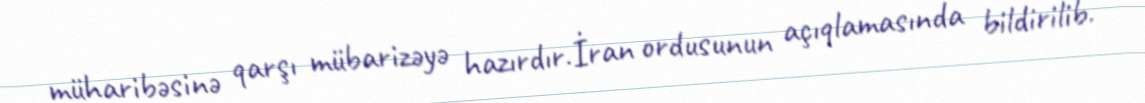
müharibəsinə qarşı mübarizəyə hazırdır.İran ordusunun açıqlamasında bildirilib.